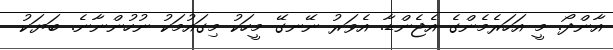
އާންދޯ. މީ އަހަރެމެންގެ އެޖެންޑާ. އެވަރު ނޭނގޭ މީހަކު މިގައުމަކު ނުހުންނާނެ. ބަޔަކު